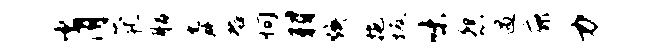
肖茕脂舜群恂羽焕拖坂味怨遇庇力